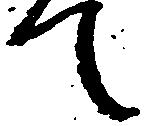
て